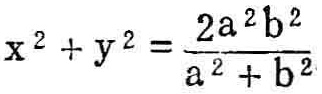
\(x^{2}+y^{2}=\frac{2a^{2}b^{2}}{a^{2}+b^{2}}\)